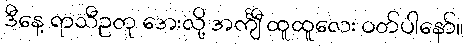
ဒီနေ့ ရာသီဥတု အေးလို့ အင်္ကျီ ထူထူလေး ဝတ်ပါနော်။